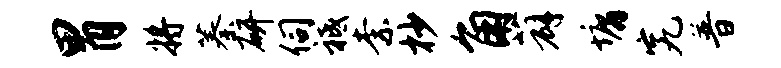
胃将蓁研伺祗柰杪角薜墉究普